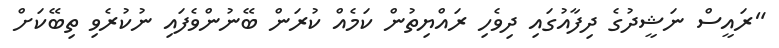
"ރައީސް ނަޝީދުގެ ދިފާއުގައި ދިވެހި ރައްޔިތުން ކަމެއް ކުރަން ބޭނުންވެފައި ނުކުރެވި ތިބޭކަށް